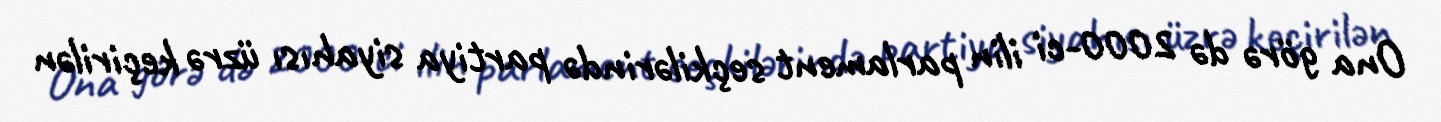
Ona görə də 2000-ci ilin parlament seçkilərində partiya siyahısı üzrə keçirilən